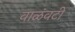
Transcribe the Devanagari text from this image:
वाळंवटी